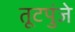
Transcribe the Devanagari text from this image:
तूटपुंजे